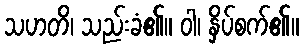
သဟတိ၊ သည်းခံ၏။ ဝါ၊ နှိပ်စက်၏။